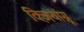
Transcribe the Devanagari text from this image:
क्ज़ियांग्नू